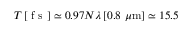
T \, [ \mathrm { ~ f ~ s ~ } ] \simeq 0 . 9 7 N \lambda \, [ 0 . 8 ~ \mu \mathrm { m } ] \simeq 1 5 . 5